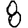
Digit: 8